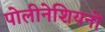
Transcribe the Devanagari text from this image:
पोलीनेशियनों